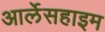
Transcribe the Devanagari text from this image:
आर्लेसहाइम